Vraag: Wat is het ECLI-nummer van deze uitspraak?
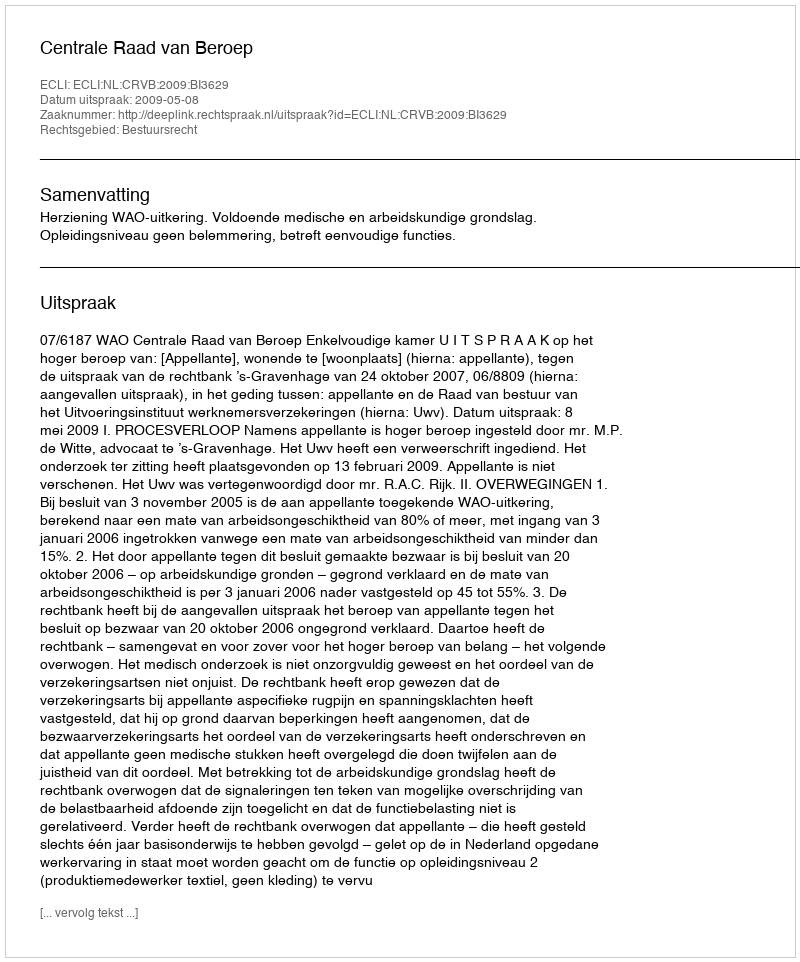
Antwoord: ECLI:NL:CRVB:2009:BI3629